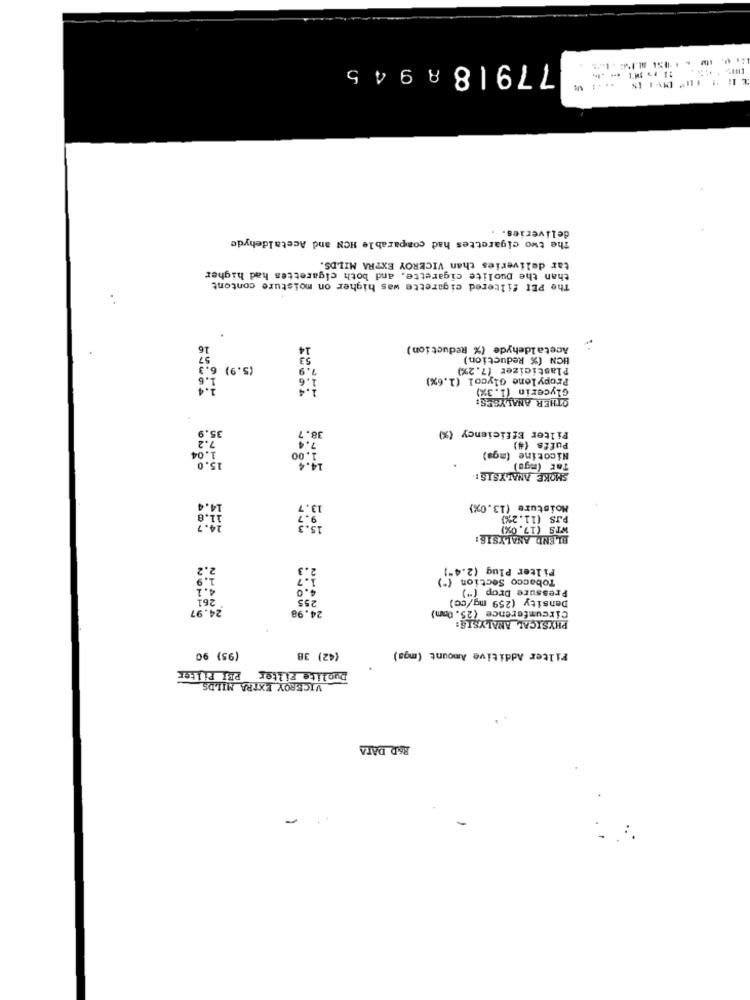
77918 8945
deliveries ..
The two cigarettes had comparable HCN and Acetaldehyde
than the puolite cigarette, and both cigarettes had higher
tar deliveries than VICEROY EXTRA MILDS.
The PEI filtered cigarette was higher on moisture contont
16
Acetaldehyde (% Reduction)
57
53
HCN (% Reduction)
6.3
(5.9)
7.9
Plasticizer (7.2%)
1.6
1.6
Propylene Glycol (1.6%)
1.4
1.4
Glycerin (1,3%)
OTHER ANALYSES:
38.7
Filter Efficiency (%)
35.9
04
1.00
Puffs (#)
15.0
14.4
Nicotine (mga)
Tar (mga)
SMOKE ANALYSIS:
11.8
13.7
Moisture (13.0%)
15.3
PJS (11.2%)
WTS (17.0%)
BLEND ANALYSIS:
2.2
Filter Plug (2.4-]'
1.7
Tobacco Section
4.1
4.0
Pressure Drop (")
261
255
Density (259 mg/cc)
24.97
24.98
Circumference (25. 0mm)
PHYSICAL ANALYSIS:
(95) 90
(42) 38
Filter Additive Amount (mga)
POI Filter
Duolite Filter
VICEROY EXTRA MILDS
R&D DATA